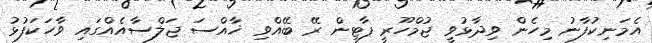
އެމަނިކުފާނު މިހެން ވިދާޅުވީ ޖުމްހޫރީ ޕާޓީން ރޭ ބޭއްވި ޚާއްސަ ޖަލްސާއެއްގައި ވާހަކަފުޅު